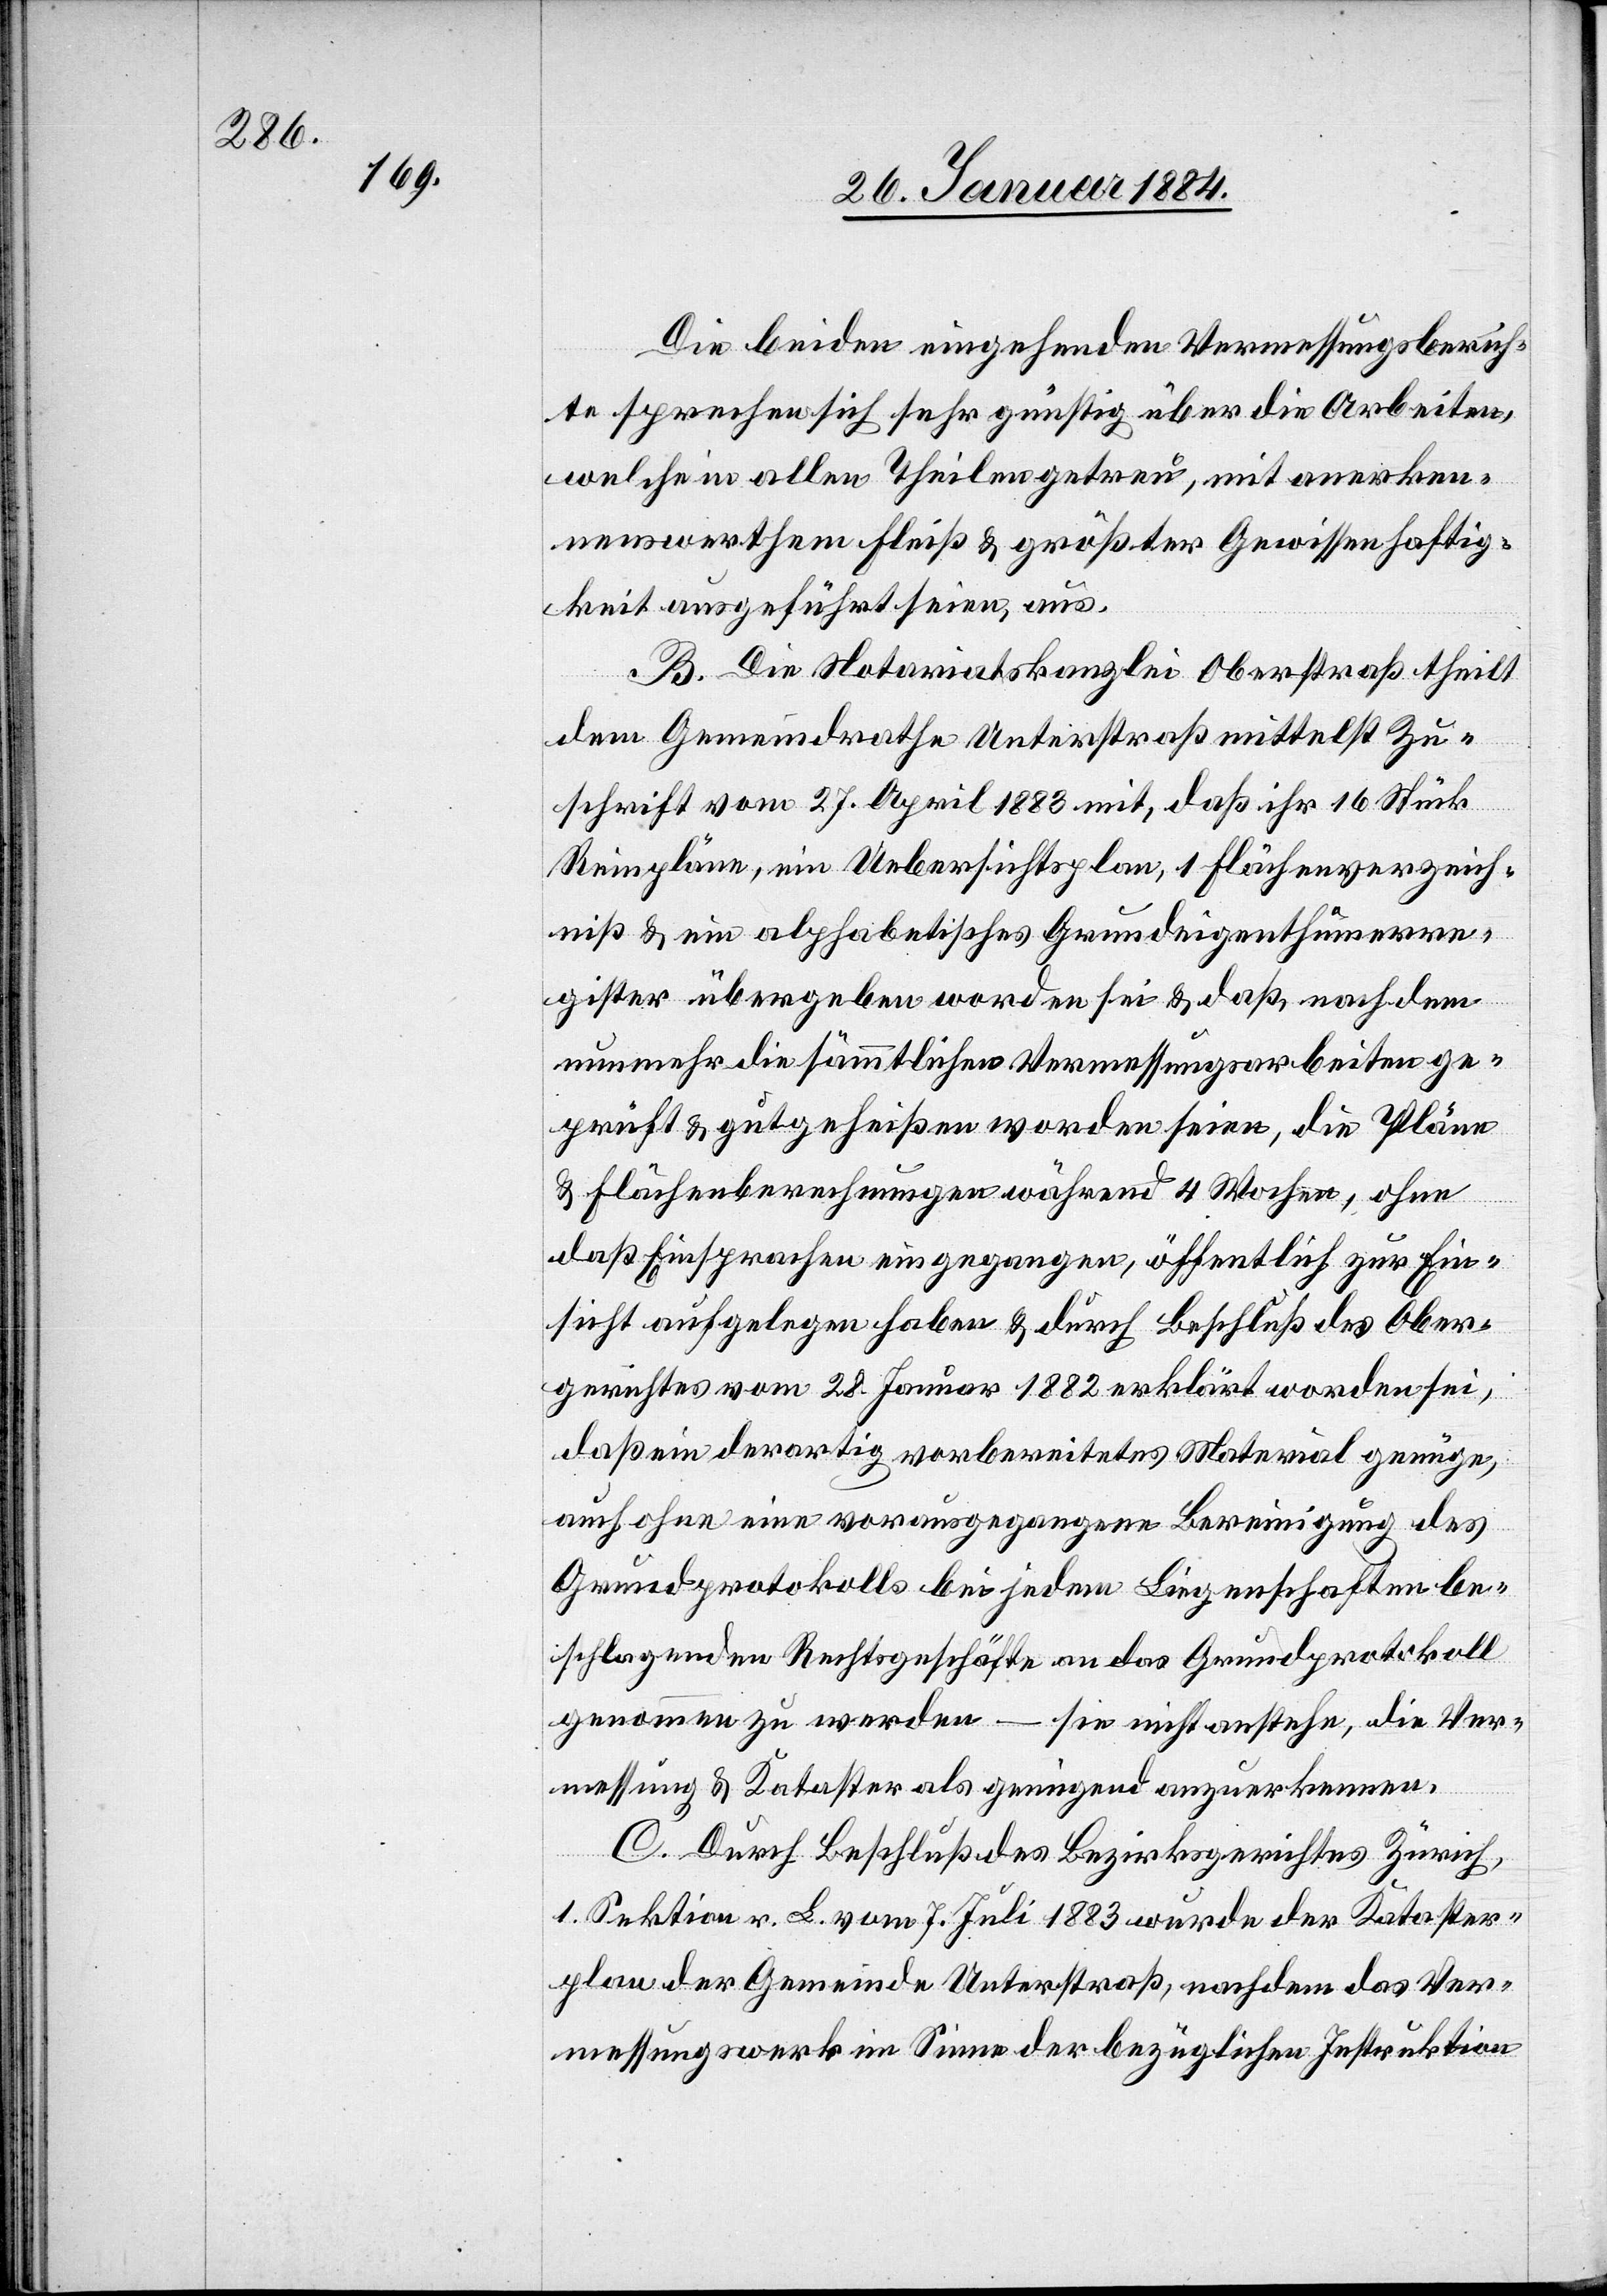
Die beiden eingehenden Vermessungsberich¬
te sprechen sich sehr günstig über die Arbeiten,
welche in allen Theilen getreu, mit anerken¬
nenswerthem Fleiß & größter Gewissenhaftig¬
keit ausgeführt seien, aus.
B. Die Notariatskanzlei Oberstraß theilt
dem Gemeindrath Unterstraß mittelst Zu¬
schrift vom 27. April 1883 mit, daß ihr 16 Stück
Reinpläne, ein Uebersichtsplan, 1 Flächenverzeich¬
niß & ein alphabetisches Grundeigenthumre¬
gister übergeben worden seien & daß, nach dem
nunmehr die sämmtlichen Vermessungsarbeiten ge¬
prüft & gutgeheißen worden seien, die Pläne
& Flächenberechnungen während 4 Wochen, ohne
daß Einsprachen eingegangen, öffentlich zur Ein¬
sicht aufgelegen haben & durch Beschluß des Ober¬
gerichtes vom 28. Januar 1882 erklärt worden sei,
daß ein derartig vorbereitetes Material genüge,
auch ohne eine vorausgegangene Bereinigung des
Grundprotokolls bei jedem Liegenschaften be¬
schlagenden Rechtsgeschäfte an das Grundprotokoll
genommen zu werden – sie nicht anstehe, die Ver¬
messung & Kataster als genügend anzuerkennen.
C. Durch Beschluß des Bezirksgerichtes Zürich,
1. Sektion r. L. vom 7. Juli 1883 wurde der Kataster¬
plan der Gemeinde Unterstraß, nachdem das Ver¬
messungswerk im Sinne der bezüglichen Instruktion